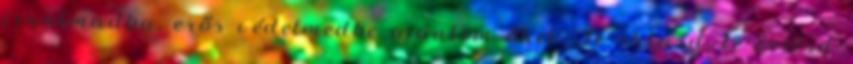
irgalmadba, erős védelmedbe ajánlom őket. Te oktasd, te vezesd